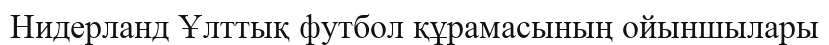
Нидерланд Ұлттық футбол құрамасының ойыншылары